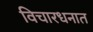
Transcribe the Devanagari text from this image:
विचारधनात